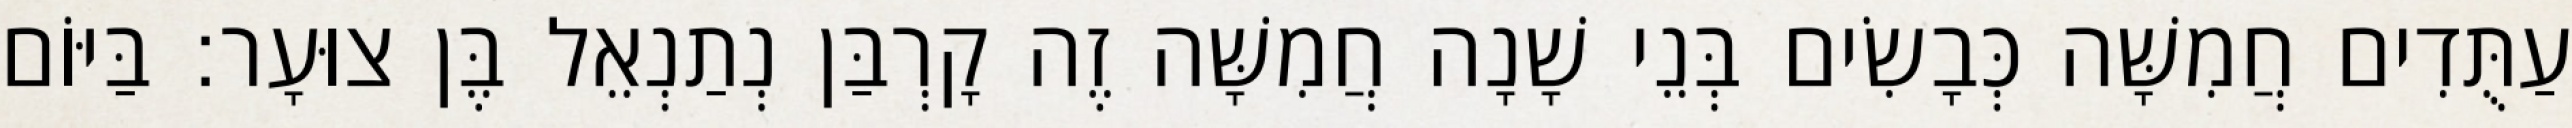
עַתֻּדִים חֲמִשָּׁה כְּבָשִׂים בְּנֵי שָׁנָה חֲמִשָּׁה זֶה קָרְבַּן נְתַנְאֵל בֶּן צוּעָר׃ בַּיּוֹם